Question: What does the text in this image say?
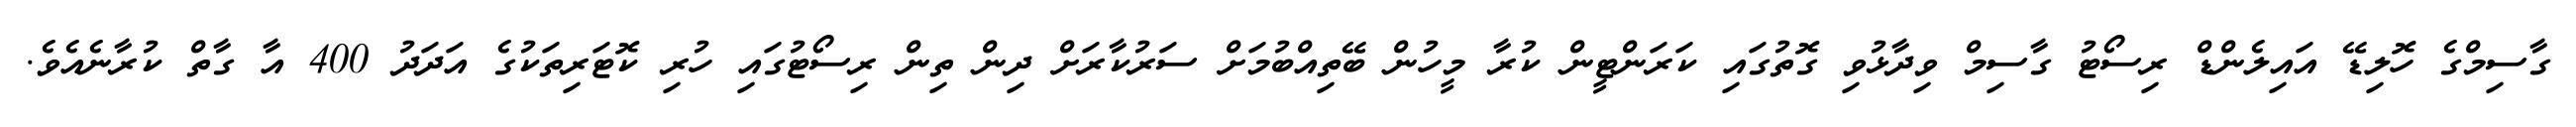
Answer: ގާސިމްގެ ހޮލިޑޭ އައިލެންޑް ރިސޯޓު ގާސިމް ވިދާޅުވި ގޮތުގައި ކަރަންޓީން ކުރާ މީހުން ބޭތިއްބުމަށް ސަރުކާރަށް ދިން ތިން ރިސޯޓުގައި ހުރި ކޮޓަރިތަކުގެ އަދަދު 400 އާ ގާތް ކުރާނެއެވެ.